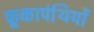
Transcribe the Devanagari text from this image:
कूकापंथियों